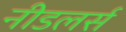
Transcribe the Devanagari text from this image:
नीडलर्स